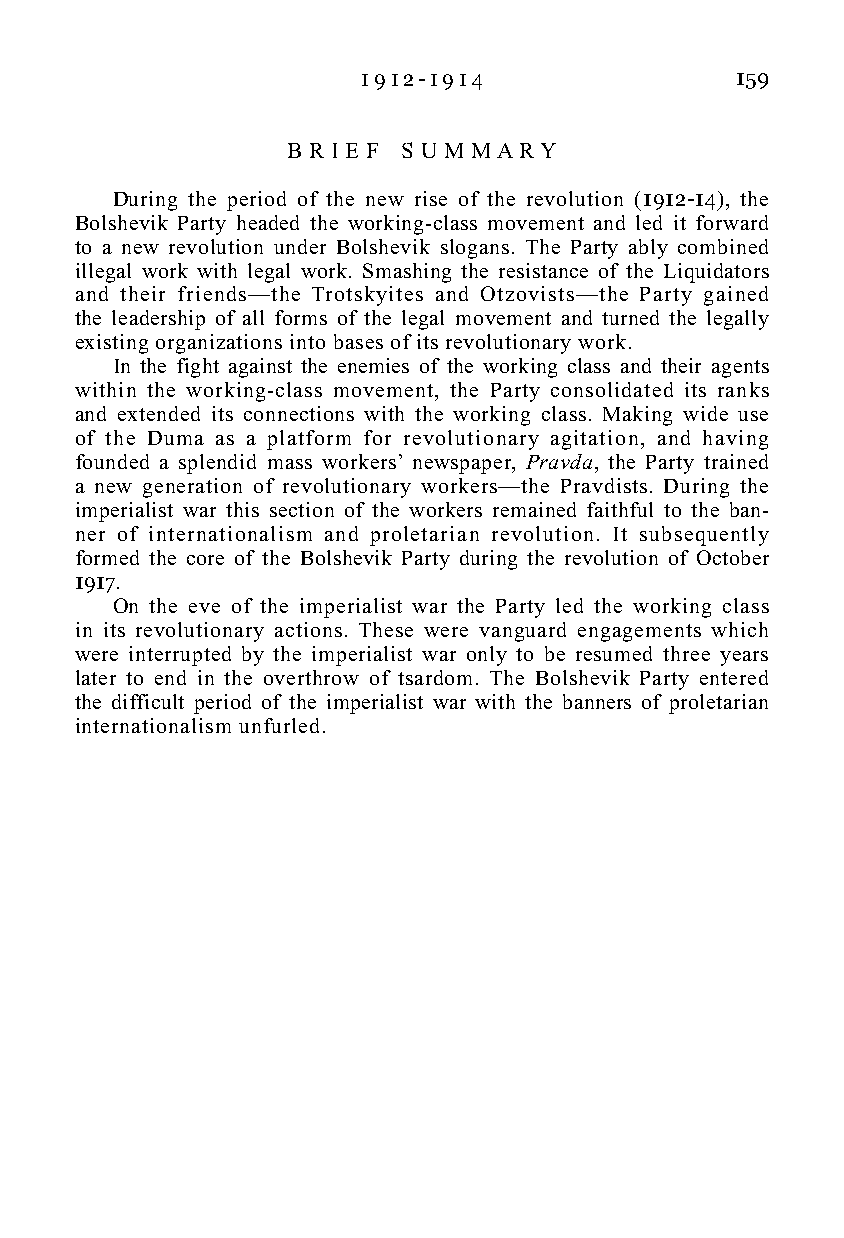
1 9 1 2 - 1 9 1 4        159
 B R I E F S U M M A R Y
 During the period of the new rise of the revolution (1912-14), the
 Bolshevik Party headed the working-class movement and led it forward
 to a new revolution under Bolshevik slogans. The Party ably combined
 illegal work with legal work. Smashing the resistance of the Liquidators
 and their friends—the Trotskyites and Otzovists—the Party gained
 the leadership of all forms of the legal movement and turned the legally
 existing organizations into bases of its revolutionary work.
 In the fight against the enemies of the working class and their agents
 within the working-class movement, the Party consolidated its ranks
 and extended its connections with the working class. Making wide use
 of the Duma as a platform for revolutionary agitation, and having
 founded a splendid mass workers’ newspaper, Pravda, the Party trained
 a new generation of revolutionary workers—the Pravdists. During the
 imperialist war this section of the workers remained faithful to the ban-
 ner of internationalism and proletarian revolution. It subsequently
 formed the core of the Bolshevik Party during the revolution of October
 1917.
 On the eve of the imperialist war the Party led the working class
 in its revolutionary actions. These were vanguard engagements which
 were interrupted by the imperialist war only to be resumed three years
 later to end in the overthrow of tsardom. The Bolshevik Party entered
 the difficult period of the imperialist war with the banners of proletarian
 internationalism unfurled.